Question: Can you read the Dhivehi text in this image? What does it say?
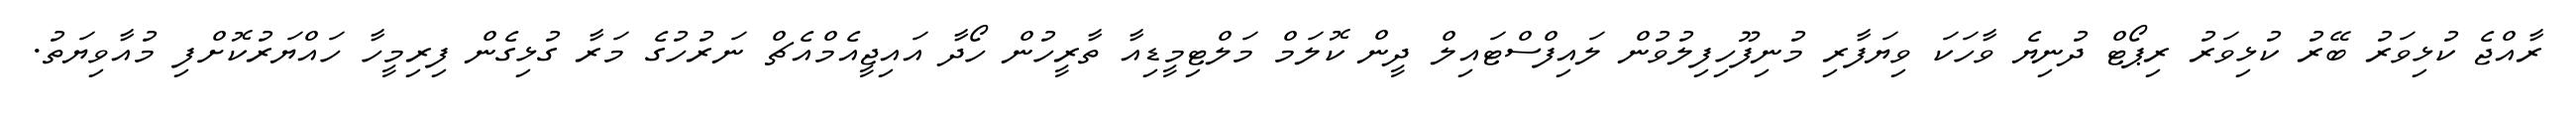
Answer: ރާއްޖެ ކުޅިވަރު ބޭރު ކުޅިވަރު ރިޕޯޓް ދުނިޔެ ވާހަކަ ވިޔަފާރި މުނިފޫހިފިލުވުން ލައިފްސްޓައިލް ދީން ކޮލަމް މަލްޓިމީޑިއާ ތާރީހުން ހޯދާ އައިޖީއެމްއެޗް ނަރުހުގެ މަރާ ގުޅިގެން ފިރިމީހާ ހައްޔަރުކޮށްފި މުއާވިޔަތު.